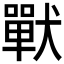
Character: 𰡧